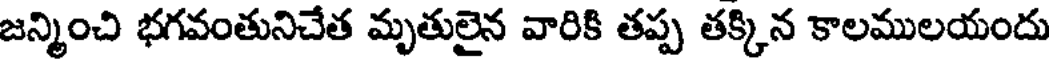
జన్మించి భగవంతునిచేత మృతులైన వారికి తప్ప తక్కిన కాలములయందు